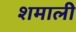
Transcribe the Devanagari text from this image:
शमाली